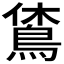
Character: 𪀪